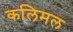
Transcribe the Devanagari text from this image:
कलिमल